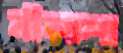
নীলাশা